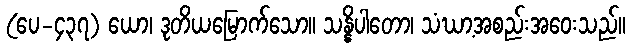
(ပေ-၄၃၇) ယော၊ ဒုတိယမြောက်သော။ သန္နိပါတော၊ သံဃာ့အစည်းအဝေးသည်။